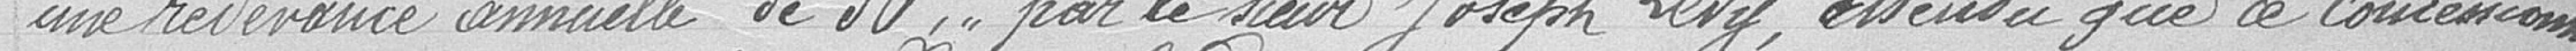
une redevance annuelle de 30 francs, par le sieur Josep LEVY, entendu que ce concessionnaire